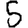
Digit: 5